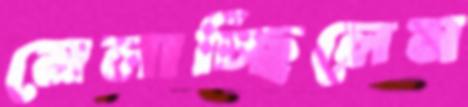
মেলাচ্ছিলেম